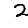
Digit: 2